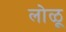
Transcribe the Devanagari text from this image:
लोळू